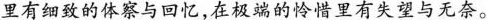
里有细致的体察与回忆，在极端的怜惜里有失望与无奈。